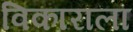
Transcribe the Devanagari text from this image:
विकाराला